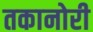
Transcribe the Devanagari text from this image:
तकानोरी